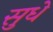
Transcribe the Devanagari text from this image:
सुधे